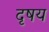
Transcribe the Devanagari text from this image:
दृषय